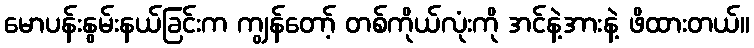
မောပန်းနွမ်းနယ်ခြင်းက ကျွန်တော့် တစ်ကိုယ်လုံးကို အင်နဲ့အားနဲ့ ဖိထားတယ်။